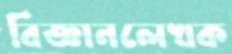
বিজ্ঞানলেখক